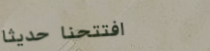
افتتحنا حديثاً